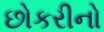
છોકરીનો